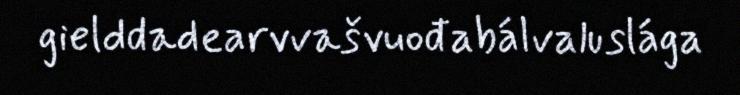
gielddadearvvašvuođabálvaluslága